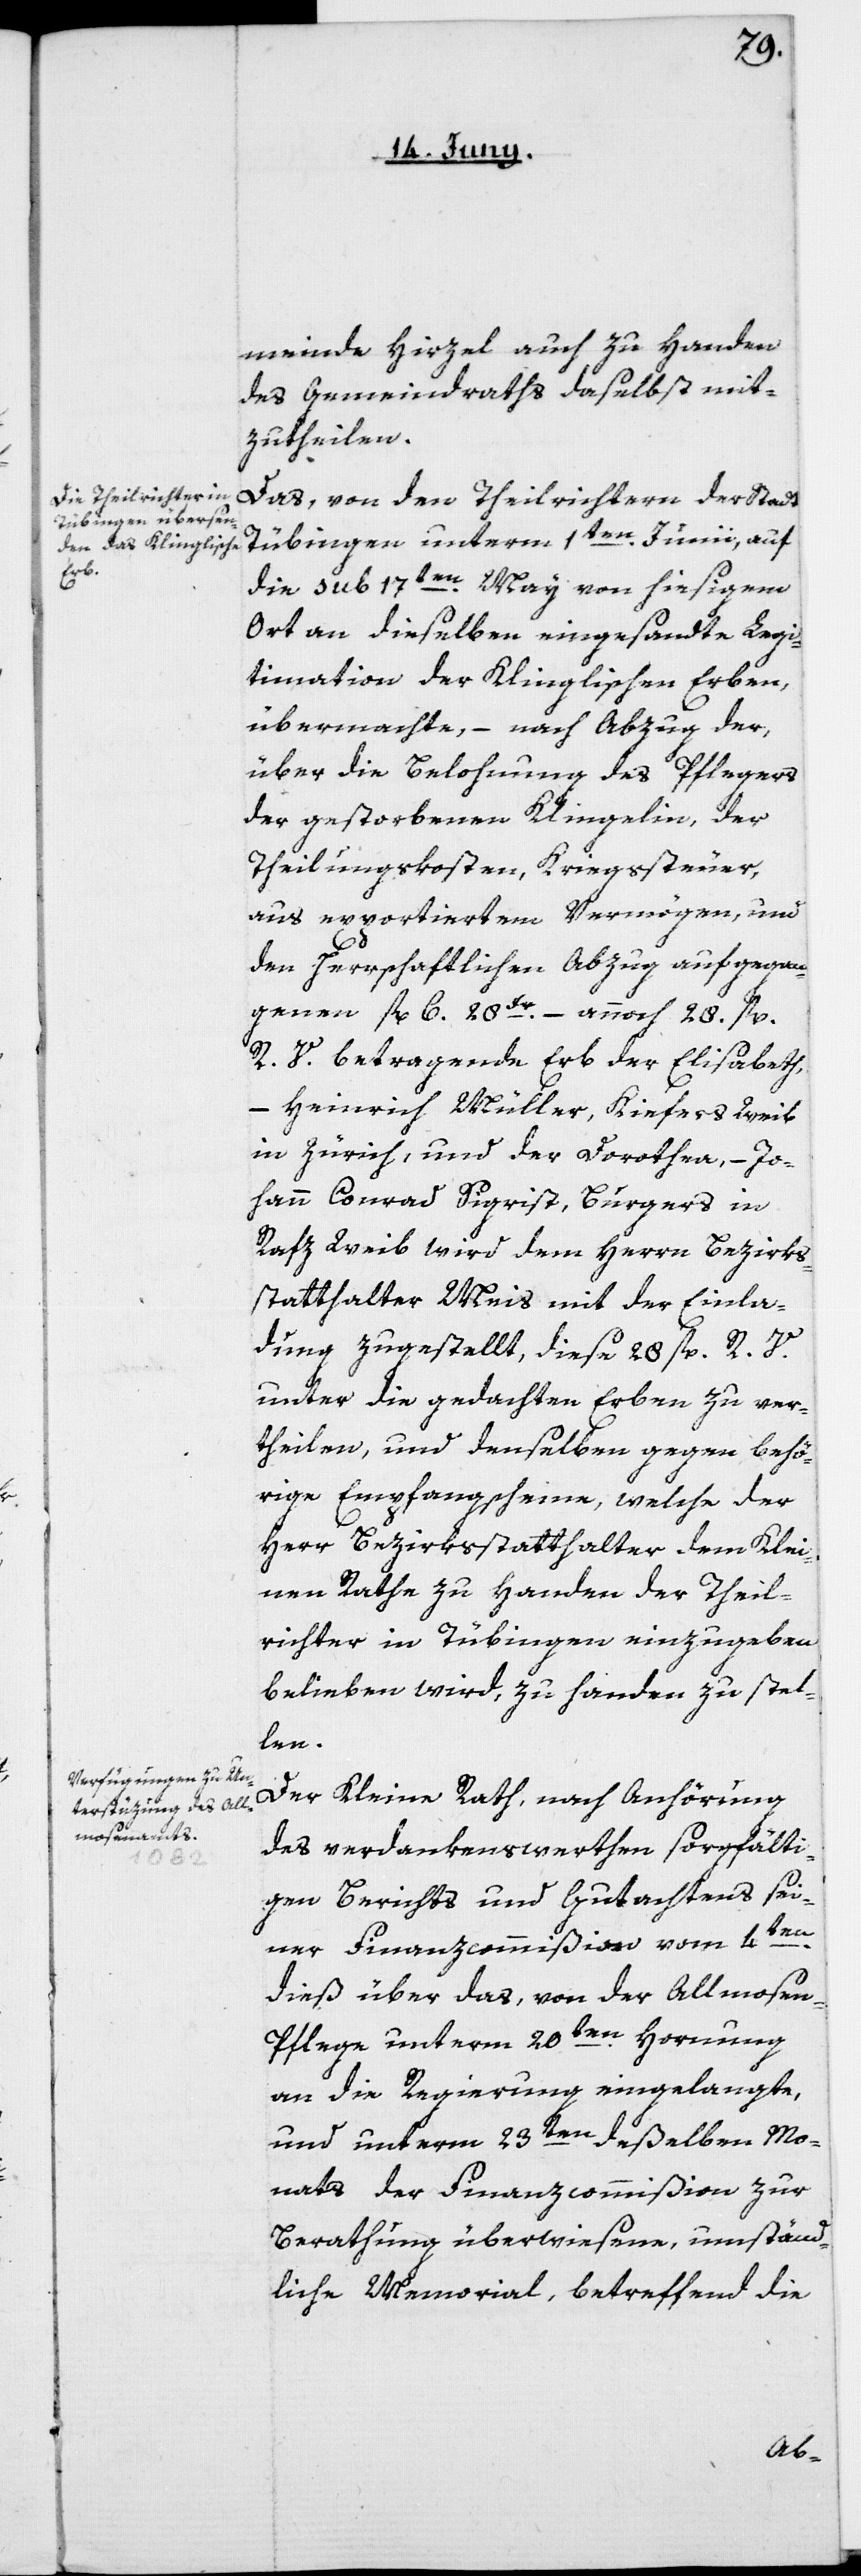
[Ge-]m¬

einde Hirzel auch zu Handen
des Gemeindraths daselbst, mit¬
zutheilen.
Das, von den Theilrichtern der Stadt
Tübingen unterm 1ten Junii, auf
die sub 17ten May von hiesigem
Ort an dieselben eingesandte Legi¬
timation der Klinglischen Erben,
übermachte, – nach Abzug der,
über die Belohnung des Pflegers
der gestorbenen Klingelin, der
Theilungskosten, Kriegssteuer,
aus apportiertem Vermögen, und
den herrschaftlichen Abzug auf gegan¬
genen fl. 6. 28Kr. – annoch 28. fl.
R. V. betragende Erb der Elisabeth,
– Heinrich Müller, Kiefers Weib
in Zürich, und der Dorothea, – Jo¬
hann Conrad Sigrist, Burgers in
Rafz Weib, wird dem Herrn Bezirks¬
statthalter Meis mit der Einla¬
dung zugestellt, diese 28 fl. R. V.
unter die gedachten Erben zu ver¬
theilen, und denselben gegen behö¬
rige Empfangsscheine, welche der
Herr Bezirksstatthalter dem Klei¬
nen Rathe zu Handen der Theil¬
richter in Tübingen einzugeben
belieben wird, zu Handen zu stell¬
en.
Der Kleine Rath, nach Anhörung
des verdankenswerthen sorgfälti¬
gen Berichts und Gutachtens sei¬
ner Finanzcommißion vom 4ten
dieß über das, von der Allmose¬
n-Pflege unterm 20ten Hornung
an die Regierung eingelangte,
und unterm 23ten deßelben Mo¬
nats der Finanzcommißion zur
Berathung überwiesene, umständ¬
liche Memorial, betreffend die